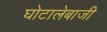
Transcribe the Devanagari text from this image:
घोटालेबाजी